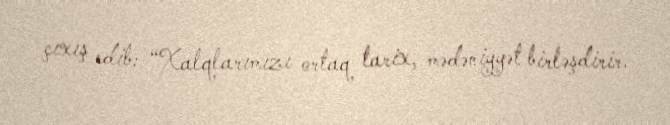
çıxış edib: “Xalqlarımızı ortaq tarix, mədəniyyət birləşdirir.